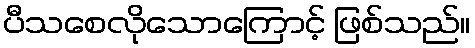
ပီသစေလိုသောကြောင့် ဖြစ်သည်။